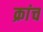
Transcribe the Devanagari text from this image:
क्रांच